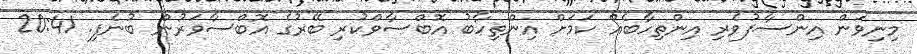
މިނިވަން އިންސާފުވެރި އިންތިހާބެއް ކަމަށް އިންތިހާބު އޮބްސާވްކުރި ބޭރުގެ އޮބްސާވަރުން ބުނެފި. 20:41